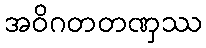
အဝိဂတတဏှဿ